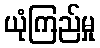
ယုံကြည်မှု